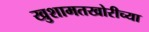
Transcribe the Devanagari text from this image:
खुशामतखोरीच्या